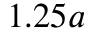
1 . 2 5 a